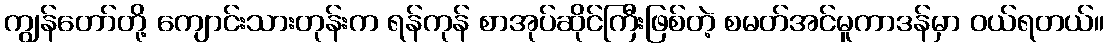
ကျွန်တော်တို့ ကျောင်းသားတုန်းက ရန်ကုန် စာအုပ်ဆိုင်ကြီးဖြစ်တဲ့ စမတ်အင်မူကာဒန်မှာ ဝယ်ရတယ်။